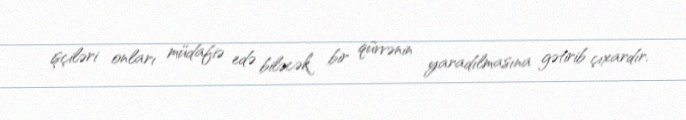
işçiləri onları müdafiə edə biləcək bir qüvvənin yaradılmasına gətirib çıxardır.